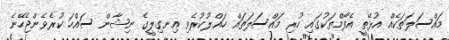
މައްސަލަތަކެއް އުޅޭތީ އެފޯމްތަކުގައި ހުރި މައްސަލަތައް ހައްލުކުރެވި އިނގިލީގެ ނިޝާން ސައްހަ ކުރެވެންޖެހޭނެ